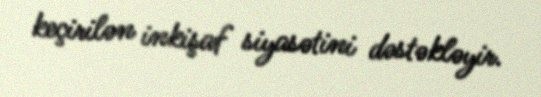
keçirilən inkişaf siyasətini dəstəkləyir.